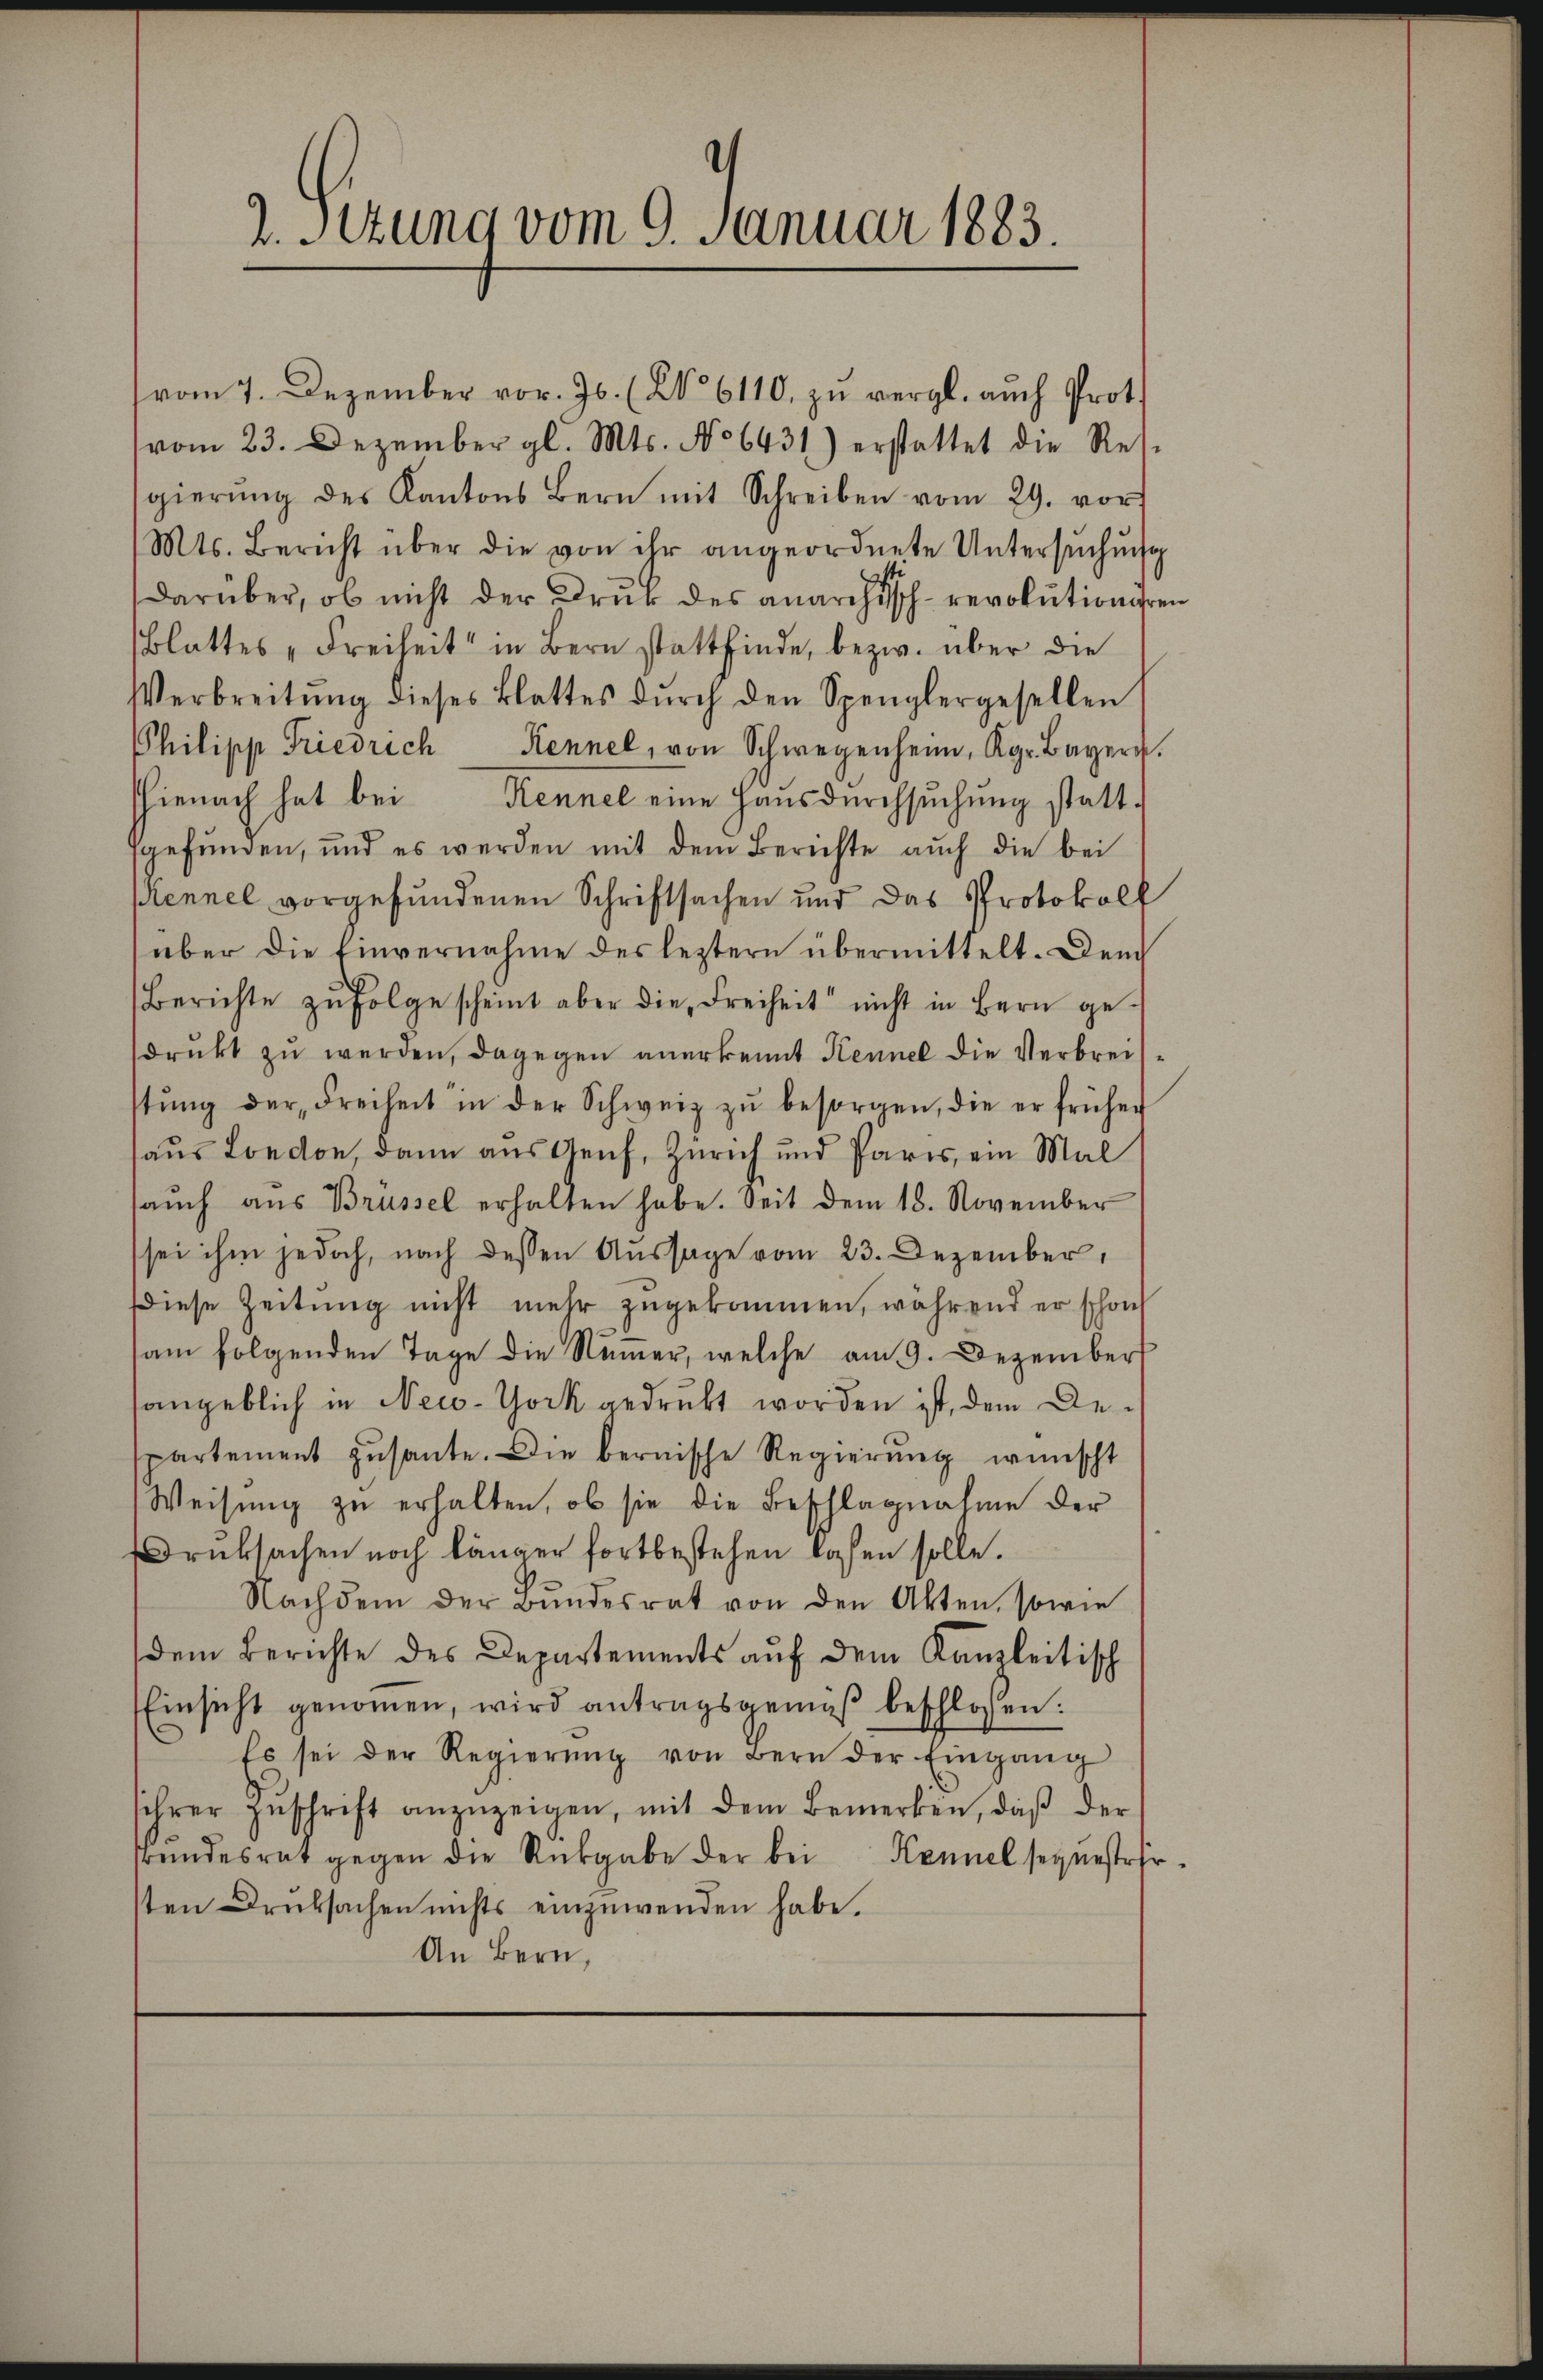
2. Setung vom 9. Januar 1883.

vom 7. Dezember vor. Js. (N. 6110. zu vergl. auch Prot.
vom 23. Dezember gl. Mts. No 6431) erstattet die Resgierŭng des Kantons Bern mit Schreiben vom 29. vor
Mts. Bericht über die von ihr angeordnete Untersŭchŭng
darüber, ob nicht der Druck des anarchisch-revolutioniren
(Blattes „Freiheit in Bern stattfinde, bezw. über die
Verbreitŭng dieses Blattes dŭrch den Spenglergesellen
hilipp Friedrich Kennel, von Schwegenheim, Kgr. Bayern.
hienach hat bei Kennel eine Hausdurchsuchung statt-
fgefunden, und es werden mit dem Berichte aŭch die bei
ennel vorgefundenen Schriftsachen und das Protokoll
über die Einvernahme des leztern übermittelt. Dench
Berichte zŭfolge scheint aber die Freiheit nicht in Bern ge-
drŭkt zŭ werden, dagegen anerkennt Kennel die Verbreisstŭng der Freiheit in der Schweiz zŭ besorgen, die er früher
haus London, dann aus Genf, Zürich und Paris, ein Mal
aŭch aus Brüssel erhalten habe. Seit dem 18. November
sei ihm jedoch, nach dessen Aussage vom 23. Dezember,
Diese Zeitung nicht mehr zugekommen, während er schon
am folgenden Tage die Numer, welche am 9. Dezember
angeblich in New-York gedruckt worden ist, dem Gepartement zŭsante. Die bernische Regierung wünscht
Weisung zu erhalten, ob sie die Beschlagnahme der
ruksachen noch länger fortbestehen lassen solle.
Nachdem der Bŭndesrat von den Akten, sowie
dem Berichte des Departements aŭf dem Kanzleitisch
Einsicht genommen, wird antragsgemäβ beschlossen:
Es sei der Regierŭng von Bern der Eingang
sihrer Zŭschrift anzuzeigen, mit dem Bemerken, daβ der
srundesrat gegen die Rückgabe der bei Kennel sequesteher
sten Druksachen nichts einzuwenden habe.
An Bern,